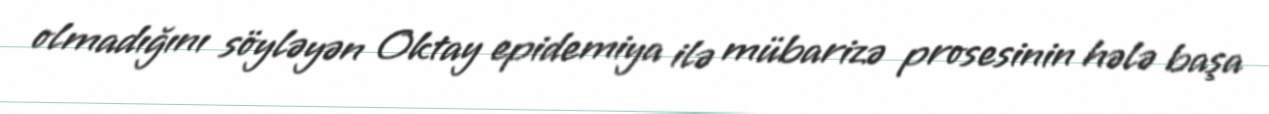
olmadığını söyləyən Oktay epidemiya ilə mübarizə prosesinin hələ başa